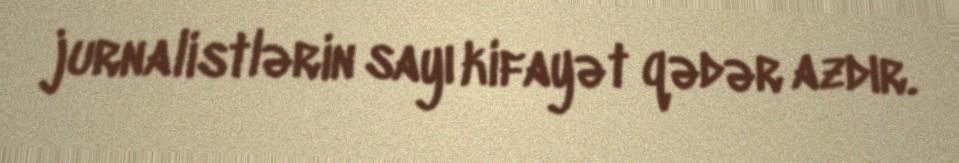
jurnalistlərin sayı kifayət qədər azdır.